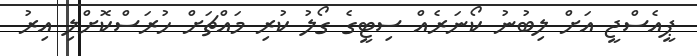
ޕީއެސްޖީ އަށް ލިބުނު ކޯނަރެއް ސިޓީގެ ގޯލު ކުރި މައްޗަށް ހުރަސްކޮށްލި އިރު